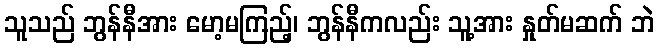
သူသည် ဘွန်နီအား မော့မကြည့်၊ ဘွန်နီကလည်း သူ့အား နှုတ်မဆက် ဘဲ